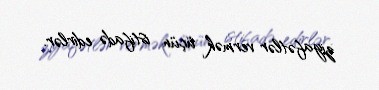
ziyafətlər vermək üçün istifadə edirlər.